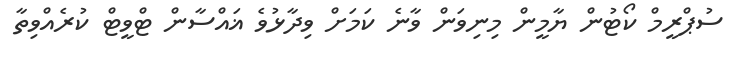
ސުޕްރީމް ކޯޓުން ޔާމީން މިނިވަން ވާނެ ކަމަށް ވިދާޅުވެ ޣައްސާން ޓްވީޓް ކުރެއްވިތާ